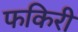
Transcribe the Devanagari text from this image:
फकिरी